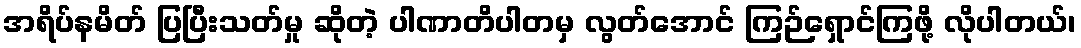
အရိပ်နမိတ် ပြပြီးသတ်မှု ဆိုတဲ့ ပါဏာတိပါတမှ လွတ်အောင် ကြဉ်ရှောင်ကြဖို့ လိုပါတယ်၊